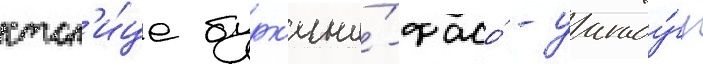
стол'и́це бурк'ина́-фасо́ - уагаду́гу